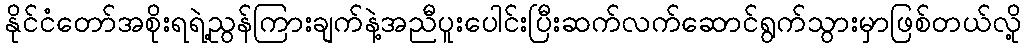
နိုင်ငံတော်အစိုးရရဲ့ညွန်ကြားချက်နဲ့အညီပူးပေါင်းပြီးဆက်လက်ဆောင်ရွက်သွားမှာဖြစ်တယ်လို့